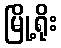
မြို့ရိုး